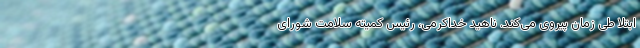
ابتلا طی زمان پیروی می‌کند. ناهید خداکرمی، رئیس کمیته سلامت شورای